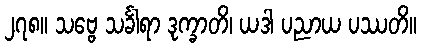
၂၇၈။ သဗ္ဗေ သင်္ခါရာ ဒုက္ခာတိ၊ ယဒါ ပညာယ ပဿတိ။